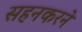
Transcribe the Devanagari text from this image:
सहनकरने